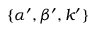
\{ \alpha ^ { \prime } , \beta ^ { \prime } , k ^ { \prime } \}